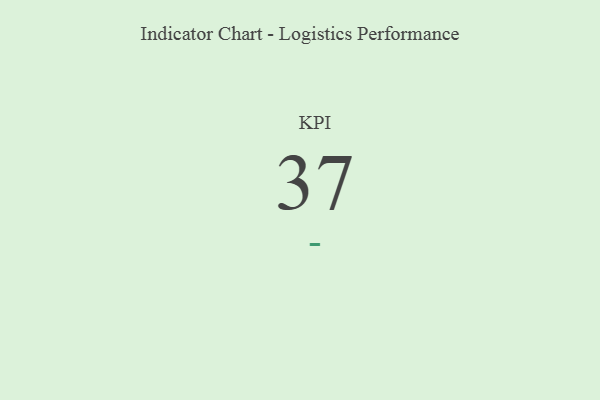
{"axis": {"x": "KPI", "y": "Value"}, "legend": [""], "data": [{"x": "KPI", "y": 37, "type": ""}]}